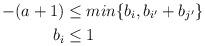
LaTeX: \begin{align*}-(a+1)&\leq min\{b_i,b_{i'}+b_{j'}\}\\b_i&\leq 1\end{align*}